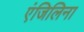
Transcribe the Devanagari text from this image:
एंजिलिना